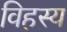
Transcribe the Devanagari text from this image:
विहस्य